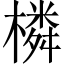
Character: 橉